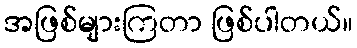
အဖြစ်များကြတာ ဖြစ်ပါတယ်။